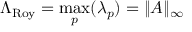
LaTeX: \Lambda _ { \mathrm { R o y } } = \operatorname* { m a x } _ { p } ( \lambda _ { p } ) = \| A \| _ { \infty }